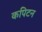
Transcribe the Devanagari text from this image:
कपिटन